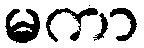
မကာ